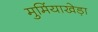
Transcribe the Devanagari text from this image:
मुमिंयाखेड़ा